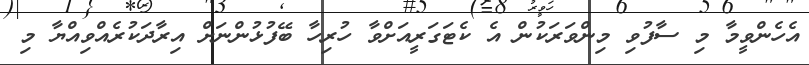
އެހެންވީމާ މި ސާފުވި މިންވަރަކުން އެ ކެޓަގަރީއަށްވާ ހުރިހާ ބޭފުޅުންނަށް އިރާދަކުރެއްވިއްޔާ މި